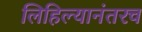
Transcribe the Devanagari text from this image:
लिहिल्यानंतरच